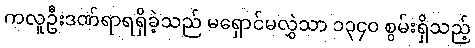
ကလူဦးဒဏ်ရာရရှိခဲ့သည် မရှောင်မလွှဲသာ ၁၃၄၀ စွမ်းရှိသည့်